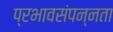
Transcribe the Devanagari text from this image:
प्रभावसंपन्नता